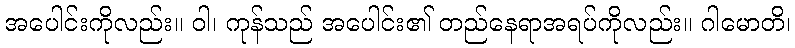
အပေါင်းကိုလည်း။ ဝါ၊ ကုန်သည် အပေါင်း၏ တည်နေရာအရပ်ကိုလည်း။ ဂါမောတိ၊